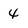
Character: 4